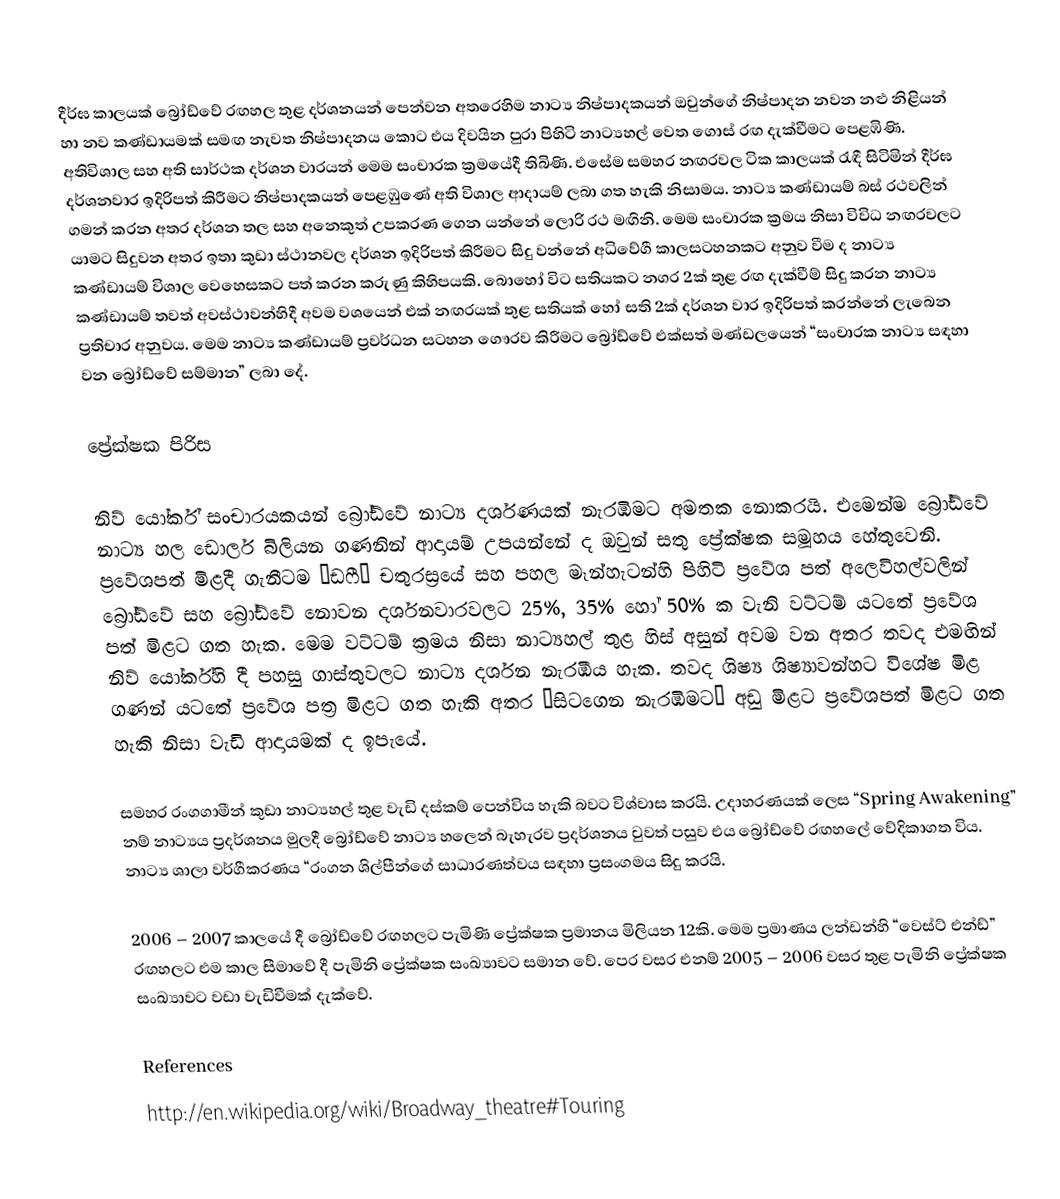
දීර්ඝ කාලයක් බ්‍රෝඩ්වේ රඟහල තුළ දර්ශනයන් පෙන්වන අතරෙහිම නාට්‍ය නිෂ්පාදකයන් ඔවුන්ගේ නිෂ්පාදන නවන නළු නිළියන් හා නව කණ්ඩායමක් සමඟ නැවත නිෂ්පාදනය කොට එය දිවයින පුරා පිහිටි නාට්‍යහල් වෙත ගොස් රඟ දැක්වීමට පෙළඹිණි. අතිවිශාල සහ අති සාර්ථක දර්ශන වාරයන් මෙම සංචාරක ක්‍රමයේදී තිබිණි. එසේම සමහර නඟරවල ටික කාලයක් රැඳී සිටිමින් දීර්ඝ දර්ශනවාර ඉදිරිපත් කිරීමට නිෂ්පාදකයන් පෙළඹුණේ අති විශාල ආදායම් ලබා ගත හැකි නිසාමය. නාට්‍ය කණ්ඩායම් බස් රථවලින් ගමන් කරන අතර දර්ශන තල සහ අනෙකුත් උපකරණ ගෙන යන්නේ ලොරි රථ මඟිනි. මෙම සංචාරක ක්‍රමය නිසා විවිධ නඟරවලට යාමට සිදුවන අතර ඉතා කුඩා ස්ථානවල දර්ශන ඉදිරිපත් කිරීමට සිදු වන්නේ අධිවේගී කාලසටහනකට අනුව වීම ද නාට්‍ය කණ්ඩායම් විශාල වෙහෙසකට පත් කරන කරුණු කිහිපයකි. බොහෝ විට සතියකට නගර 2ක් තුළ රඟ දැක්වීම් සිදු කරන නාට්‍ය කණ්ඩායම් තවත් අවස්ථාවන්හිදී අවම වශයෙන් එක් නඟරයක් තුළ සතියක් හෝ සති 2ක් දර්ශන වාර ඉදිරිපත් කරන්නේ ලැබෙන ප්‍රතිචාර අනුවය. මෙම නාට්‍ය කණ්ඩායම් ප්‍රවර්ධන සටහන ගෞරව කිරීමට බ්‍රෝඩ්වේ එක්සත් මණ්ඩලයෙන් “සංචාරක නාට්‍ය සඳහා වන බ්‍රෝඩ්වේ සම්මාන” ලබා දේ.

ප්‍රේක්ෂක පිරිස

නිව් යෝර්ක් සංචාරයකයන් බ්‍රෝඩ්වේ නාට්‍ය දර්ශණයක් නැරඹීමට අමතක නොකරයි. එමෙන්ම බ්‍රෝඩ්වේ නාට්‍ය හල ඩොලර් බිලියන ගණනින් ආදායම් උපයන්නේ ද ඔවුන් සතු ප්‍රේක්ෂක සමූහය හේතුවෙනි. ප්‍රවේශපත් මිළදී ගැනීටම “ඩෆී” චතුරස්‍රයේ සහ පහල මෑන්හැටන්හි පිහිටි ප්‍රවේශ පත් අලෙවිහල්වලින් බ්‍රෝඩ්වේ සහ බ්‍රෝඩ්වේ නොවන දර්ශනවාරවලට 25%, 35% හෝ 50% ක වැනි වට්ටම් යට‍තේ  ප්‍රවේශ පත් මිළට ගත හැක. මෙම වට්ටම් ක්‍රමය නිසා නාට්‍යහල් තුළ හිස් අසුන් අවම වන අතර තවද එමඟින් නිව් යෝර්ක්හි දී පහසු ගාස්තුවලට නාට්‍ය දර්ශන නැරඹිය හැක. තවද ශිෂ්‍ය ශිෂ්‍යාවන්හට විශේෂ මිළ ගණන් යටතේ ප්‍රවේශ පත්‍ර මිළට ගත හැකි අතර “සිටගෙන නැරඹීමට” අඩු මිළට ප්‍රවේශපත් මිළට ගත හැකි නිසා වැඩි ආදායමක් ද ඉපැයේ.

සමහර රංගගාමීන් කුඩා නාට්‍යහල් තුළ වැඩි දස්කම් පෙන්විය හැකි බවට විශ්වාස කරයි. උදාහරණයක් ලෙස “Spring Awakening”  නම් නාට්‍ය‍ය ප්‍රදර්ශනය මුලදී බ්‍රෝඩ්වේ නාට්‍ය හලෙන් බැහැරව ප්‍රදර්ශනය වුවත් පසුව එය බ්‍රෝඩ්වේ රඟහලේ වේදිකාගත විය. නාට්‍ය ශාලා වර්ගීකරණය “රංගන ශිල්පීන්ගේ සාධාරණත්වය සඳහා ප්‍රසංගමය සිදු කරයි.

2006 – 2007 කාලයේ දී බ්‍රෝඩ්වේ රඟහලට පැමිණි ප්‍රේක්ෂක ප්‍රමානය මිලියන 12කි. මෙම ප්‍රමාණය ලන්ඩන්හි “වෙස්ට් එන්ඩ්” රඟහලට එම කාල සීමාවේ දී පැමිනි ප්‍රේක්ෂක සංඛ්‍යාවට සමාන වේ. පෙර වසර එනම් 2005 – 2006 වසර තුළ පැමිනි ප්‍රේක්ෂක සංඛ්‍යාවට වඩා වැඩිවීමක් දැක්වේ.

References
http://en.wikipedia.org/wiki/Broadway_theatre#Touring